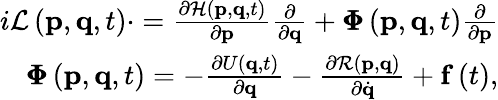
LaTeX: \begin{array}{r}{i\mathcal{L}\left(\mathbf{p},\mathbf{q},t\right)\cdot=\frac{\partial\mathcal{H}\left(\mathbf{p},\mathbf{q},t\right)}{\partial\mathbf{p}}\frac{\partial}{\partial\mathbf{q}}+\pmb{\Phi}\left(\mathbf{p},\textbf{q},t\right)\frac{\partial}{\partial\mathbf{p}}}\\ {\pmb{\Phi}\left(\mathbf{p},\textbf{q},t\right)=-\frac{\partial U\left(\mathbf{q},t\right)}{\partial\mathbf{q}}-\frac{\partial\mathcal{R}\left(\mathbf{p},\textbf{q}\right)}{\partial\dot{\mathbf{q}}}+\mathbf{f}\left(t\right),}\end{array}